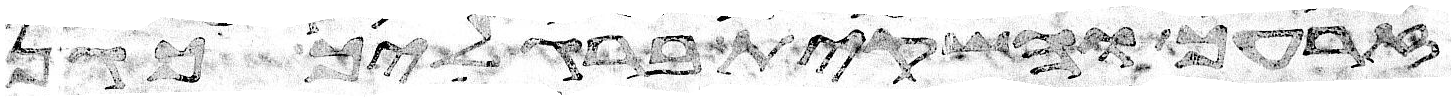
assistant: זרעך והשקית ברגליך כגן